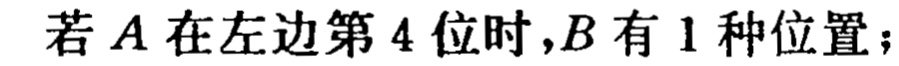
若\(A\)在左边第\(4\)位时，\(B\)有\(1\)种位置；